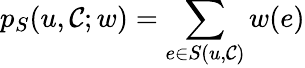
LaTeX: p_{S}(u,\mathcal{C};w)=\sum_{e\in S(u,\mathcal{C})}w(e)